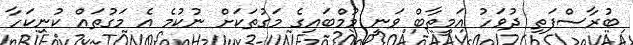
ބުރާސްފަތި ދުވަހު އަމީތާބް ވަނީ މުމްބައިގެ މަގުތަކަށް ނުކުމެ އެ މަގުތައް ކުނިކަހާ